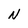
Character: N